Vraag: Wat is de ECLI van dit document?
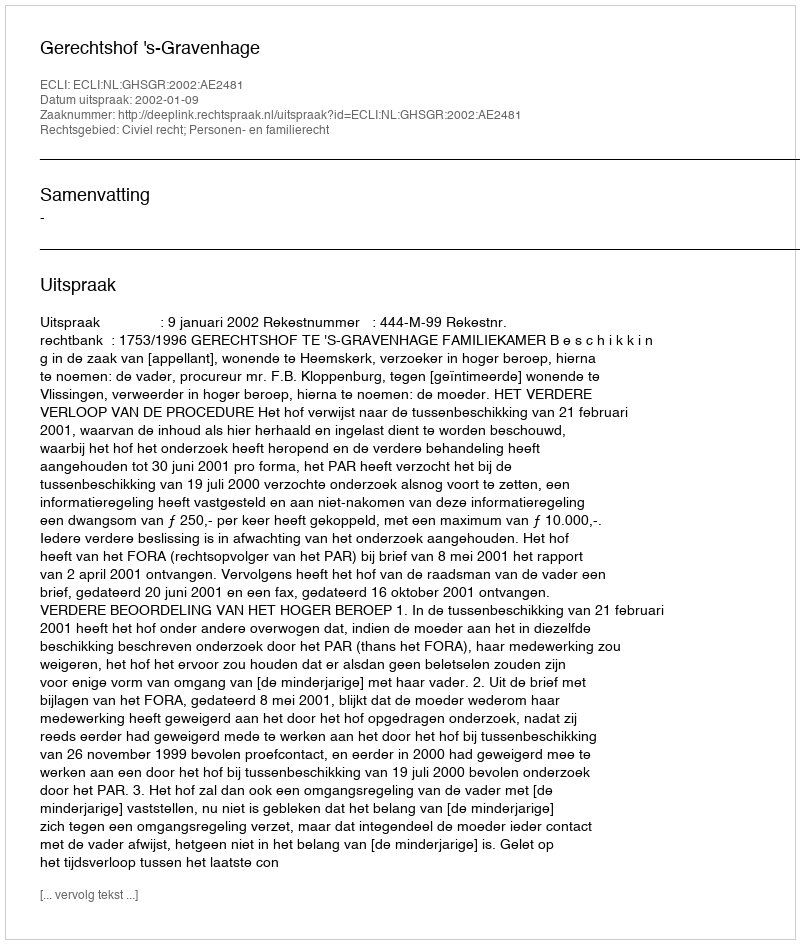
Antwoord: ECLI:NL:GHSGR:2002:AE2481